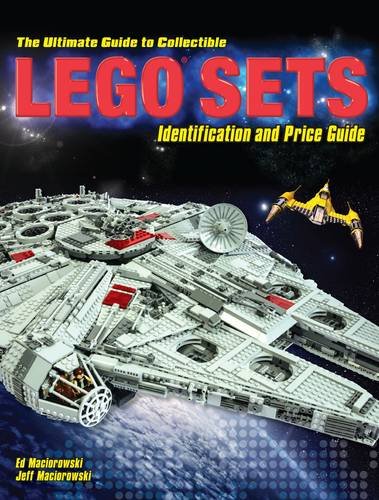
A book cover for The Ultimate Guide to Collectible LEGOÂ® Sets: Identification and Price Guide; Ed Maciorowski; Crafts, Hobbies & Home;